Annual report on the working of the mental hospitals in the Madras Presidency - 1912-1932
Year: 1912
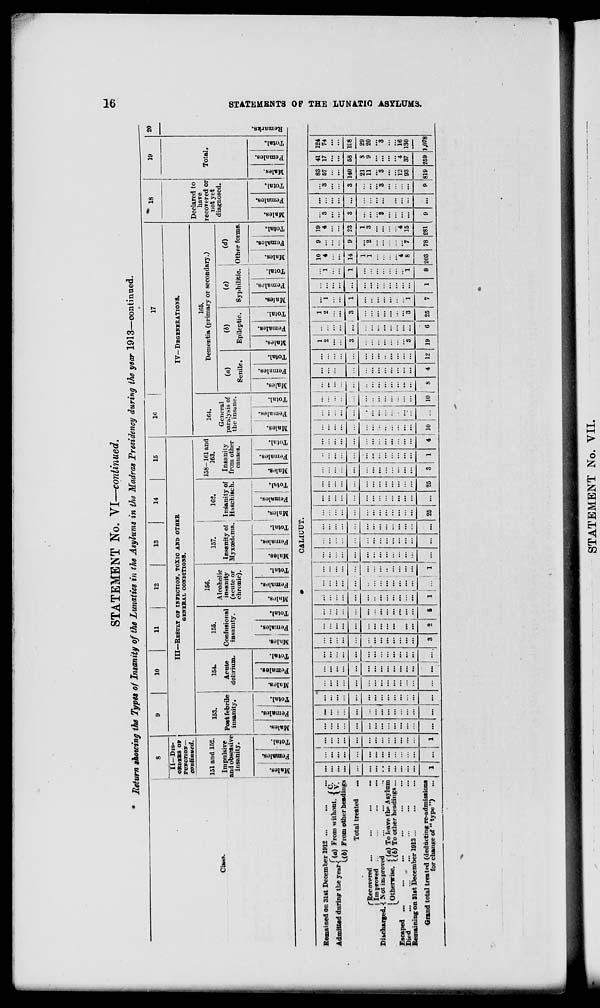
STATEMENT No. VI—continued.
Return showing the Types of Insanity of the Lunatics in the Asylums in th& Madras Presidency during the year 1913—continued.
8
9
10
11
!
12
13
14
15
«
17
* 18
19
20
II—DIS-
ORDERS or
FUNCTION—
continued.
III—RESULT O» INFECTION, TOXIC AND OTHEB
GENERAL CONDITIONS.
IV- DEGENERATIONS.
Declared to
151 and 152.
153.
154.
155.
15G.
157.
162.
158-161 and
163.
164.
165.
Dementia (primary or secondary.)
have
recovered or
Total.
Class.
Impulsive
an<l obsessive
insanity.
Post febrile
Aente
Confusiotml
Alcoholic
insanity
Insanity of Insanity of Insanity
General
paralysis of
the insane.
not yet
diagnosed.
(a)
Senile.
(6)
Epileptic.
(c)
Syphilitic.
(d)
Other forms.
insanity.
delirium.
insanity.
(acute or
chronic).
Hyxoedema. HaschiBch.
1
from other
causes.
Males.
Females.
Total.
D
"5
B
Females.
Total.
.
ID
0/
1
m
"3
S
i
"2
c
Mules.
Females.
1 o
En 1
"5
S
s
EEI
1
Mules.
Females.
Total.
Males.
3
B
s ■*= O
E-
"5
o
3
s "3
"c
Males.
Females.
o
e
Males.
Females.
1
E-
01
3
S "3
1
a!
£
"3
a? a.
•3
£
cs 3
0
EH
0
3
a
ao
"3
a 3
c
X
"3
a
03
3
S
5-
3
"0
H
3
a
GO
w
3
i C
m
M
s.
d
a
<2
CALIUUT.
Remained on 31st December 1912 ...
Admitted during the ye*r( (a > From without. {£
U&) From other headings
Total treated
("Recovered ...
I Improted ...
Discharged."! Not improved
(Otherwise. [{g^0* 6
L
U iai
Escaped ...
Died
Remaining on Slst December 1913 ..
To other headings...
Grand total treated (deducting re-admissions
for change of * type ")
•
... ... ... ... ... ...
... ...
... ...
... ... ... ... ... ... ... ... ... ...
... ... ... ... ... ... ... ... ...
... ...
... ... ...
...
—
... ... ...
... ... ... ... ... ... ...
...
...
... ...
... ... ... ... ... ... ... ... ... ... ... ...
... ... ... ... ... ... ... ... ... ... ...
... ... ... ... ... ... ... ... ... ... ... ...
...
... ... ... ... ... ... ... ... ... ...
... ... ... ... ... ... ... ... ... ...
...
...
... ... ... ...
... ... ... ... ...
... ... ...
... ...
... ... ... ... ...
1 1 ... 1 ... ... ... ... 1
-.1 .... 3 2 6 1 i
25
25
. . . rri...
4110
10 8
V> 19
1
2 1
25 7 1
"i
1
"1
8
10
4
9 19
4 "S
...
"3
83
57
41
17
124
74
198
29
20
"3
16
130
1,078
14
9 23
3 ...
3 140 58
1
1
*4
8
*2
*7
1
3
"4
15
"8
...
"3
21
11
"3
12
93
8
9
4
37
203 78 281
9 ...
9 819 259
OS
GO
s
to
!Z
cc
O
«j
H
H
55
5
i
w
STATEMENT No. VII.